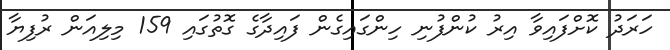
ހަރަދު ކޮށްފައިވާ އިރު ކުންފުނި ހިންގައިގެން ފައިދާގެ ގޮތުގައި 159 މިލިއަން ރުފިޔާ